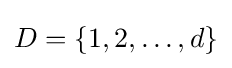
D=\{1,2,\ldots ,d\}